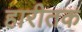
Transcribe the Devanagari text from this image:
हारीतक